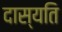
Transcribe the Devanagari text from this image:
दास्यति